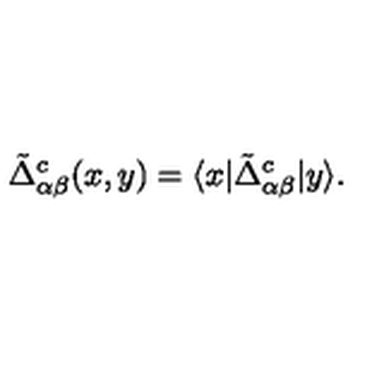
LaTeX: \tilde { \Delta } _ { \alpha \beta } ^ { c } ( x , y ) = \langle x | \tilde { \Delta } _ { \alpha \beta } ^ { c } | y \rangle .